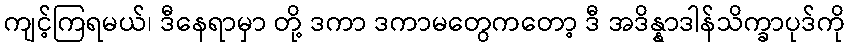
ကျင့်ကြရမယ်၊ ဒီနေရာမှာ တို့ ဒကာ ဒကာမတွေကတော့ ဒီ အဒိန္နာဒါန်သိက္ခာပုဒ်ကို